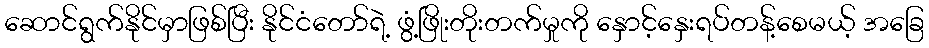
ဆောင်ရွက်နိုင်မှာဖြစ်ပြီး နိုင်ငံတော်ရဲ့ ဖွံ့ဖြိုးတိုးတက်မှုကို နှောင့်နှေးရပ်တန့်စေမယ့် အခြေ